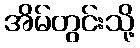
အိမ်တွင်းသို့